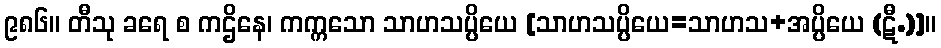
၉၈၆။ တီသု ခရေ စ ကဌိနေ၊ ကက္ကသော သာဟသပ္ပိယေ [သာဟသပ္ပိယေ=သာဟသ+အပ္ပိယေ (ဋီ.)]။